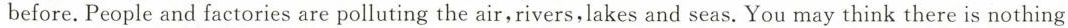
before.People and factories are polluting the air,rivers,lakes and seas. You may think there is nothing